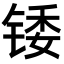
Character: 𬭗